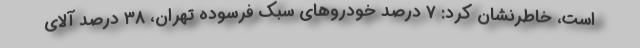
است، خاطرنشان کرد: ۷ درصد خودروهای سبک فرسوده تهران، ۳۸ درصد آلای